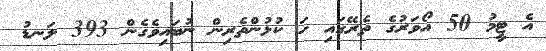
އެ ޓީމު 50 އޯވަރުގެ ތެރޭގައި ހަ ކުޅުންތެރިން ނުބައިވެގެން 393 ލަނޑު